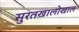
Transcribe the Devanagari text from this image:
सुरतखालोखाल